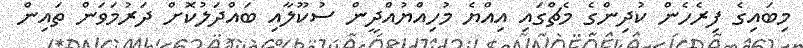
މިބައިގެ ފިރެހެން ކުދިންގެ މެޗްގައި އިއްޔެ މުހިއްޔުއްދީން ސުކޫލާއި ބައްދަލުކޮށް ދަރުމަވަން ތައިން